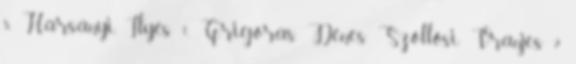
5, Harsányi, Ilyés 1, Grigoras, Dénes, Szöllősi, Vranjes 2